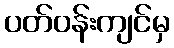
ပတ်ဝန်းကျင်မှ